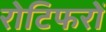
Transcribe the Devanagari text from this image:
रोटिफरों